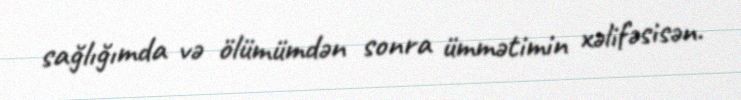
sağlığımda və ölümümdən sonra ümmətimin xəlifəsisən.